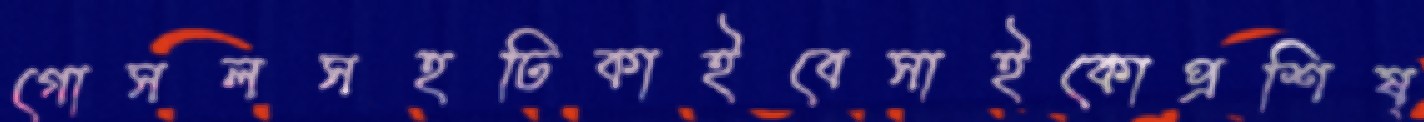
গোসলসহঢিকাইবেসাইকোপ্রশিষ্